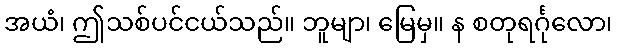
အယံ၊ ဤသစ်ပင်ငယ်သည်။ ဘူမျာ၊ မြေမှ။ န စတုရင်္ဂုလော၊